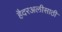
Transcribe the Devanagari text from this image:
हैदरअलीसाठी